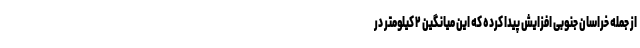
از جمله خراسان جنوبی افزایش پیدا کرده که این میانگین ۲ کیلومتر در